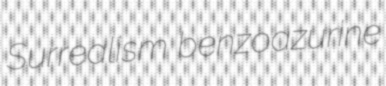
Surrealism benzoazurine